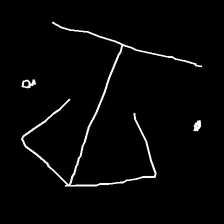
Glyph: earth